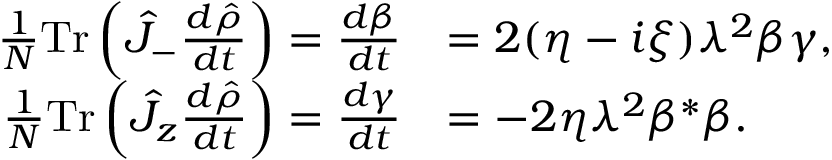
\begin{array} { r l } { \frac { 1 } { N } \mathrm { T r } \left( \hat { J } _ { - } \frac { d \hat { \rho } } { d t } \right) = \frac { d \beta } { d t } } & { = 2 ( \eta - i \xi ) \lambda ^ { 2 } \beta \gamma , } \\ { \frac { 1 } { N } \mathrm { T r } \left( \hat { J } _ { z } \frac { d \hat { \rho } } { d t } \right) = \frac { d \gamma } { d t } } & { = - 2 \eta \lambda ^ { 2 } \beta ^ { * } \beta . } \end{array}